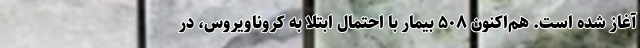
آغاز شده است. هم‌اکنون ۵۰۸ بیمار با احتمال ابتلا به کروناویروس، در